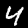
Label: 4